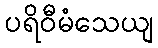
ပရိဝီမံသေယျ